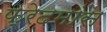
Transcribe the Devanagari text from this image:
फ्रेदमांस